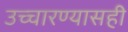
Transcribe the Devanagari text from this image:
उच्चारण्यासही